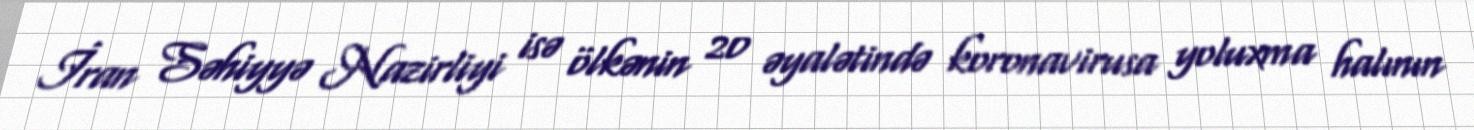
İran Səhiyyə Nazirliyi isə ölkənin 20 əyalətində koronavirusa yoluxma halının